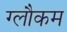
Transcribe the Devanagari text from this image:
ग्लौकम